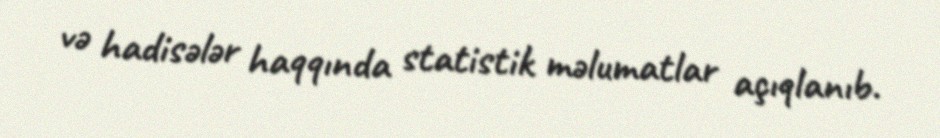
və hadisələr haqqında statistik məlumatlar açıqlanıb.